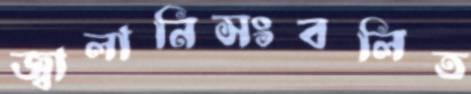
জ্বালানিসংবলিত